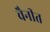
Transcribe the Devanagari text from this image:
चैनीत